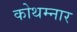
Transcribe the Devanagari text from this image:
कोथम्नार